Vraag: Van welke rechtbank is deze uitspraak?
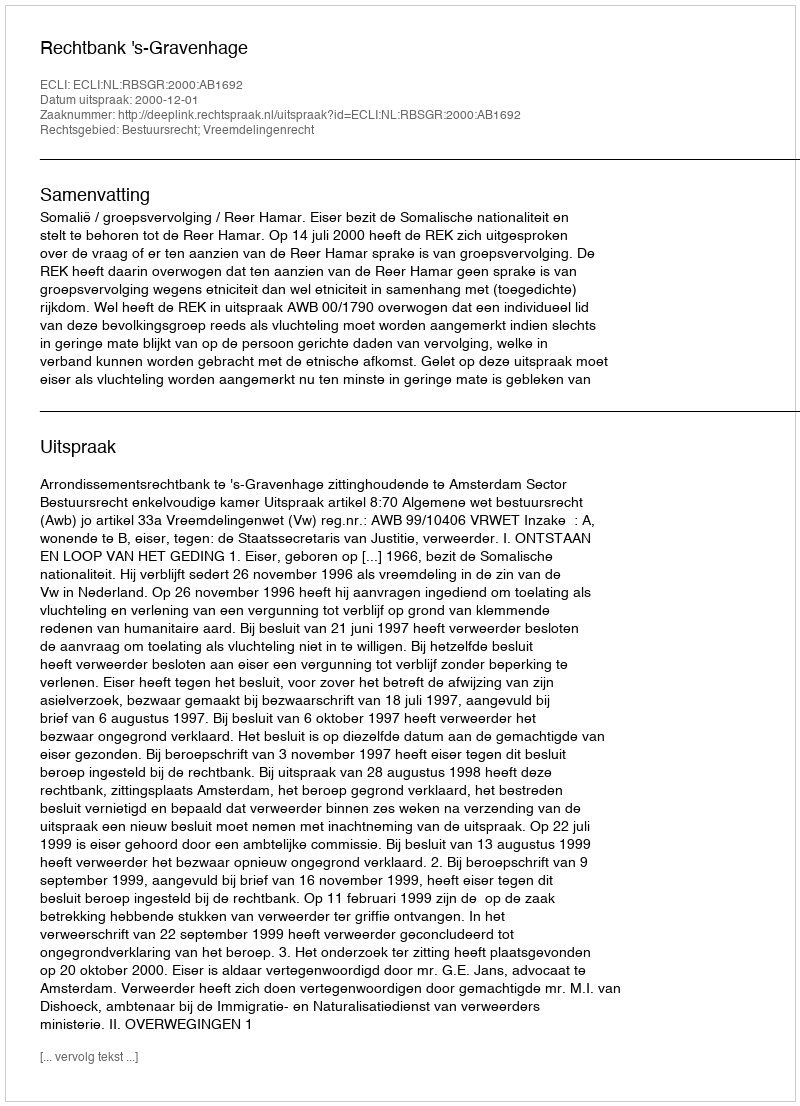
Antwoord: Rechtbank 's-Gravenhage